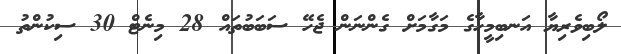
ލޯބިވެރިޔާ އަނބިމީހާގެ މަގާމަށް ގެންނަން ޖެހޭ ސަބަބުތައް 28 މިނެޓް 30 ސިކުންތު